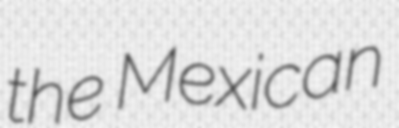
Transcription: the Mexican